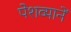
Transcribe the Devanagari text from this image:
पेशव्यानें